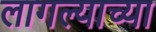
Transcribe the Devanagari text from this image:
लागल्याच्या